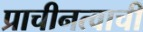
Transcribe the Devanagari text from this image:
प्राचीनत्वाची